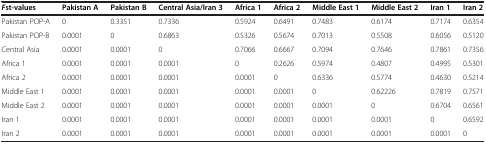
<table><thead><tr><td><b><i>F</i>st-values</b></td><td><b>Pakistan A</b></td><td><b>Pakistan B</b></td><td><b>Central Asia/Iran 3</b></td><td><b>Africa 1</b></td><td><b>Africa 2</b></td><td><b>Middle East 1</b></td><td><b>Middle East 2</b></td><td><b>Iran 1</b></td><td><b>Iran 2</b></td></tr></thead><tbody><tr><td>Pakistan POP-A</td><td>0</td><td>0.3351</td><td>0.7336</td><td>0.5924</td><td>0.6491</td><td>0.7483</td><td>0.6174</td><td>0.7174</td><td>0.6354</td></tr><tr><td>Pakistan POP-B</td><td>0.0001</td><td>0</td><td>0.6863</td><td>0.5326</td><td>0.5674</td><td>0.7013</td><td>0.5508</td><td>0.6056</td><td>0.5120</td></tr><tr><td>Central Asia</td><td>0.0001</td><td>0.0001</td><td>0</td><td>0.7066</td><td>0.6667</td><td>0.7094</td><td>0.7646</td><td>0.7861</td><td>0.7356</td></tr><tr><td>Africa 1</td><td>0.0001</td><td>0.0001</td><td>0.0001</td><td>0</td><td>0.2626</td><td>0.5974</td><td>0.4807</td><td>0.4995</td><td>0.5301</td></tr><tr><td>Africa 2</td><td>0.0001</td><td>0.0001</td><td>0.0001</td><td>0.0001</td><td>0</td><td>0.6336</td><td>0.5774</td><td>0.4630</td><td>0.5214</td></tr><tr><td>Middle East 1</td><td>0.0001</td><td>0.0001</td><td>0.0001</td><td>0.0001</td><td>0.0001</td><td>0</td><td>0.62226</td><td>0.7819</td><td>0.7571</td></tr><tr><td>Middle East 2</td><td>0.0001</td><td>0.0001</td><td>0.0001</td><td>0.0001</td><td>0.0001</td><td>0.0001</td><td>0</td><td>0.6704</td><td>0.6561</td></tr><tr><td>Iran 1</td><td>0.0001</td><td>0.0001</td><td>0.0001</td><td>0.0001</td><td>0.0001</td><td>0.0001</td><td>0.0001</td><td>0</td><td>0.6592</td></tr><tr><td>Iran 2</td><td>0.0001</td><td>0.0001</td><td>0.0001</td><td>0.0001</td><td>0.0001</td><td>0.0001</td><td>0.0001</td><td>0.0001</td><td>0</td></tr></tbody></table>